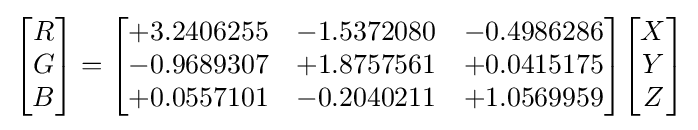
{\begin{bmatrix}R\\G\\B\end{bmatrix}}={\begin{bmatrix}+3.2406255&-1.5372080&-0.4986286\\-0.9689307&+1.8757561&+0.0415175\\+0.0557101&-0.2040211&+1.0569959\end{bmatrix}}{\begin{bmatrix}X\\Y\\Z\end{bmatrix}}